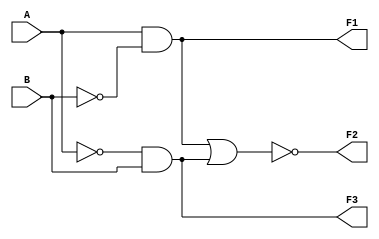
module OneDigitComparator(
    input A,B,
    output F1,F2,F3//F1 for A>B, F2 for A==B and F3 for A<B
    );
    //reg G1,G2,G3;

    and n1(F1,A,~B);
    and n2(F3,~A,B);
    nor n3(F2,F1,F3);

endmodule